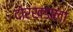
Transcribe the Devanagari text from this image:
दोरखंडाला